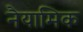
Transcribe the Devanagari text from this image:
नैयामिक